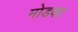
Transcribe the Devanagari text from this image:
मोडका